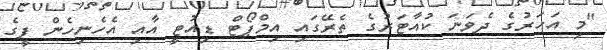
"މި އަހަރުގެ ދެވަނަ ކުއާޓަރުގެ ތެރޭގައި އިމްޕޯޓް ޑިއުޓީ އާއި އެހެނިހެން ފީގެ